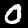
Label: 0